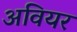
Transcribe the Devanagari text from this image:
अवियर